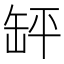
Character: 䍈